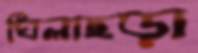
ঘিলাছড়া